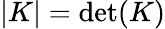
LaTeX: \left|K\right|=\operatorname*{det}(K)